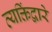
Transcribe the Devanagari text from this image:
व्यक्तिंद्वारे